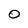
Character: O